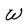
Character: W